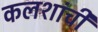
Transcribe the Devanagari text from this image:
कलशांची